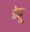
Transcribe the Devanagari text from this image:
केनू